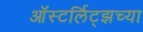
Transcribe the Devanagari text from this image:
ऑस्टर्लिट्झच्या